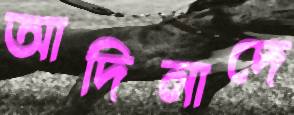
আদিনাদে